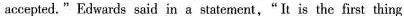
accepted. " Edwards said in a statement,"It is the first thing